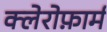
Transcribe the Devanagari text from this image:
क्लेरोफ़ार्म